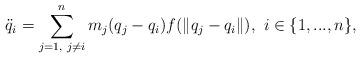
LaTeX: \begin{align*} \ddot{q}_{i}=\sum\limits_{j=1,\textrm{ }j\neq i}^{n}m_{j}(q_{j}-q_{i})f(\|q_{j}-q_{i}\|),\textrm{ }i\in\{1,...,n\},\end{align*}